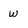
Character: w